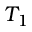
T _ { 1 }